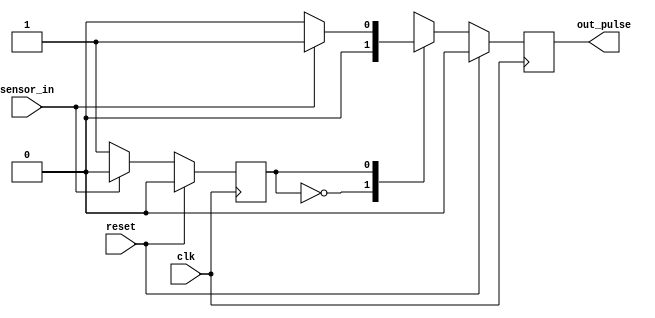
module photocell_fsm (clk,reset,sensor_in,out_pulse);
output reg out_pulse ;
input wire sensor_in, reset, clk;
reg state;

parameter A=0, B=1;
always@(posedge clk)
begin
//resetting block
if (reset == 1) 
	begin 
	state <= A;
	out_pulse<=0;
	end
else 
	begin
		case (state)	
		//waiting for pulse interupt begining
		A: if (sensor_in == 1)begin  
					state <=A ;
					out_pulse <=0; end 
			else begin 
					state<=B;
					out_pulse<=0 ; end 

		//waiting for pulse interupt end
		B: if (sensor_in == 1)begin  
					state <=A;
					out_pulse <=1; end 
			else begin 
					state<=B;
					out_pulse<=0 ; end 

		endcase

	end // end of else 

end // end of always block
endmodule

module photo_fsm_tb();
wire out ;
reg reset, clk, photo;
reg [63:0]test ;

//module instanciation
photocell_fsm tt (clk,reset,photo,out);

always 
begin 
#2 clk= ~clk;
end

initial
begin
clk=0;
photo=1;
reset=1;
test= 64'b11101110000111;
#5
reset=0;
end

always
begin
#4
photo = test[0];
test=test>>1;

end

endmodule